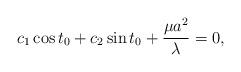
LaTeX: \begin{align*}c_1\cos t_0+c_2\sin t_0+\frac{\mu a^2}{\lambda}=0,\end{align*}